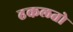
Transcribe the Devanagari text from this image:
ढकलतो